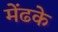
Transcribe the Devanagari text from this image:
मेंढके